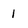
Character: 1